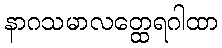
နာဂသမာလတ္ထေရဂါထာ